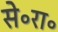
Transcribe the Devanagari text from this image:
से॰रा॰